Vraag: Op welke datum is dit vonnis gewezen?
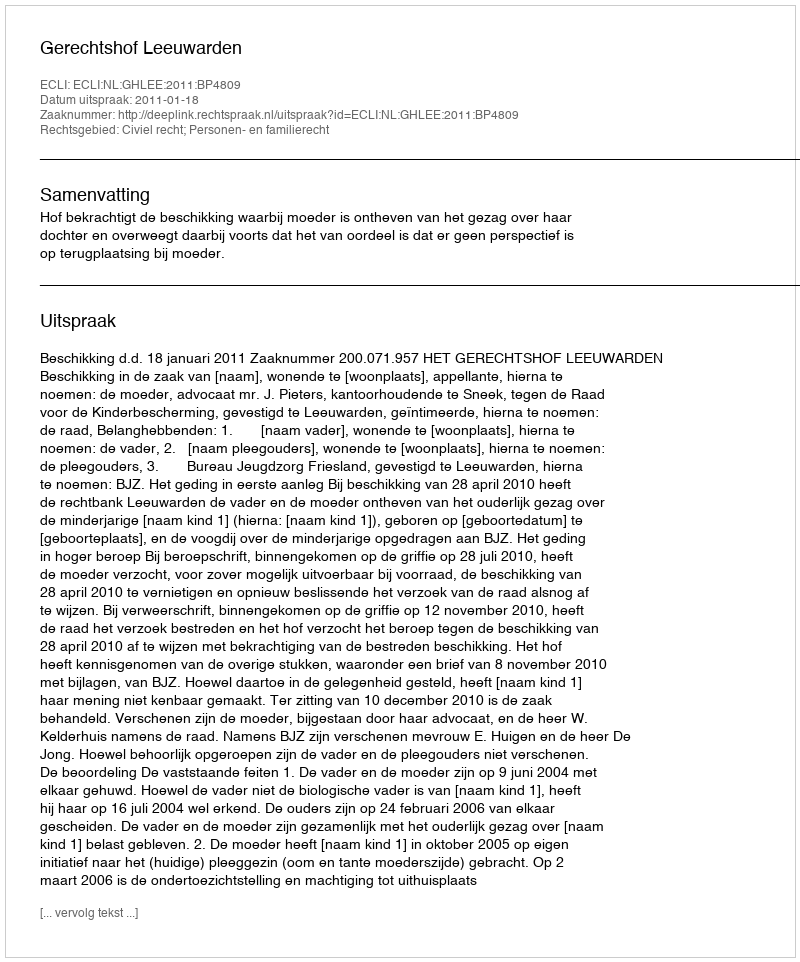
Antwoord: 2011-01-18